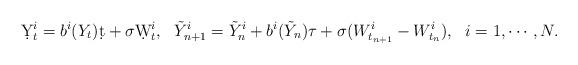
LaTeX: \begin{align*}\d Y_t^i = b^i(Y_t)\d t + \sigma\d W_t^i,~~\tilde Y_{n+1}^i = \tilde Y_n^i + b^i(\tilde Y_n)\tau + \sigma (W_{t_{n+1}}^i-W_{t_n}^i),~~i=1,\cdots,N.\end{align*}